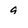
Character: 9